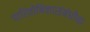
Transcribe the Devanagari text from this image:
पारितोषिकासंबंधीचा